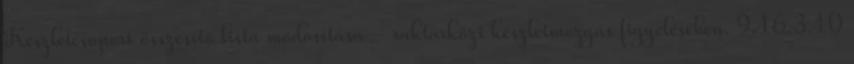
Készletcsoport összesítő lista módosítása – raktárközi készletmozgás figyelésében. 9.16.3.10